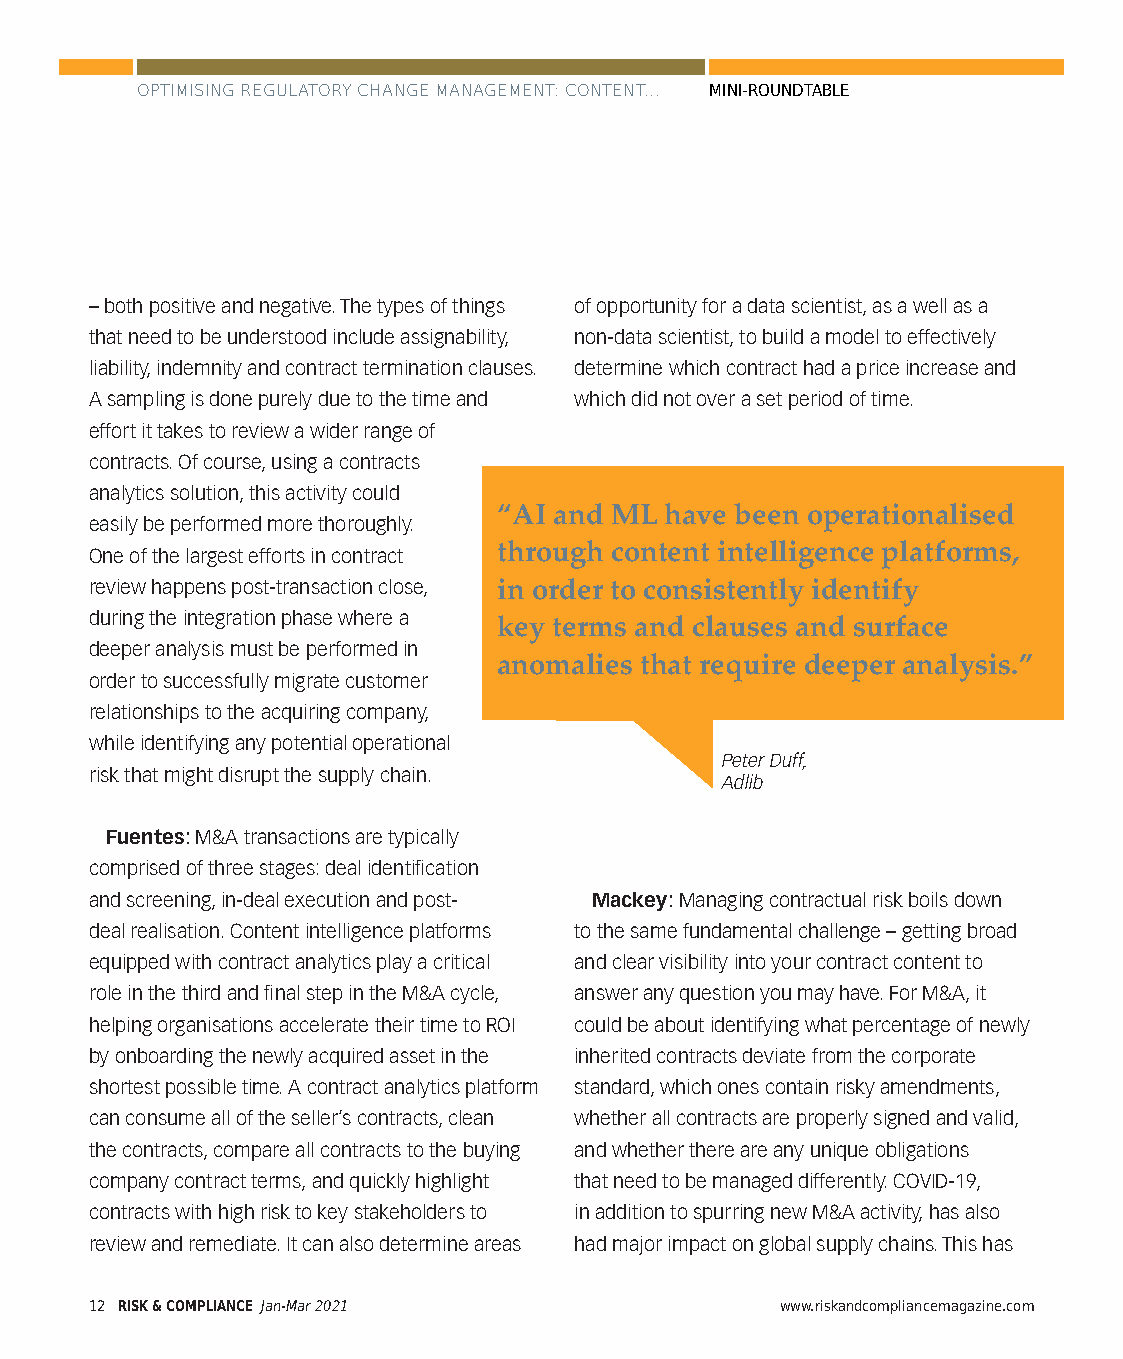
OPTIMISING REGULATORY CHANGE MANAGEMENT: CONTENT... MINI-ROUNDTABLE
 – both positive and negative. The types of things of opportunity for a data scientist, as a well as a
 that need to be understood include assignability, non-data scientist, to build a model to effectively
 liability, indemnity and contract termination clauses. determine which contract had a price increase and
 A sampling is done purely due to the time and which did not over a set period of time.
 effort it takes to review a wider range of
 contracts. Of course, using a contracts
 analytics solution, this activity could
 “AI and ML have been operationalised
 easily be performed more thoroughly.
 through content intelligence platforms,
 One of the largest efforts in contract
 review happens post-transaction close, in order to consistently identify
 during the integration phase where a key terms and clauses and surface
 deeper analysis must be performed in
 anomalies that require deeper analysis.”
 order to successfully migrate customer
 relationships to the acquiring company,
 while identifying any potential operational
 Peter Duff,
 risk that might disrupt the supply chain.
 Adlib
 Fuentes: M&A transactions are typically
 comprised of three stages: deal identification
 and screening, in-deal execution and post- Mackey: Managing contractual risk boils down
 deal realisation. Content intelligence platforms to the same fundamental challenge – getting broad
 equipped with contract analytics play a critical and clear visibility into your contract content to
 role in the third and final step in the M&A cycle, answer any question you may have. For M&A, it
 helping organisations accelerate their time to ROI could be about identifying what percentage of newly
 by onboarding the newly acquired asset in the inherited contracts deviate from the corporate
 shortest possible time. A contract analytics platform standard, which ones contain risky amendments,
 can consume all of the seller’s contracts, clean whether all contracts are properly signed and valid,
 the contracts, compare all contracts to the buying and whether there are any unique obligations
 company contract terms, and quickly highlight that need to be managed differently. COVID-19,
 contracts with high risk to key stakeholders to in addition to spurring new M&A activity, has also
 review and remediate. It can also determine areas had major impact on global supply chains. This has
 12 RISK & COMPLIANCE Jan-Mar 2021             www.riskandcompliancemagazine.com